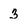
Character: 3